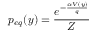
p _ { e q } ( y ) = \frac { e ^ { - \frac { \alpha V ( y ) } { q } } } { Z }